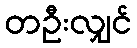
တဦးလျှင်